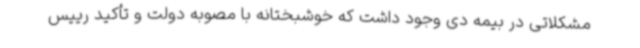
مشکلاتی در بیمه دی وجود داشت که خوشبختانه با مصوبه دولت و تأکید رییس